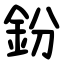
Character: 鈖